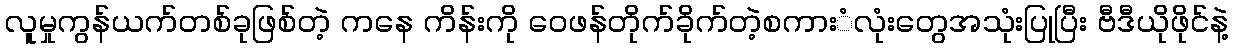
လူမှုကွန်ယက်တစ်ခုဖြစ်တဲ့ ကနေ ကိန်းကို ဝေဖန်တိုက်ခိုက်တဲ့စကားံလုံးတွေအသုံးပြုပြီး ဗီဒီယိုဖိုင်နဲ့